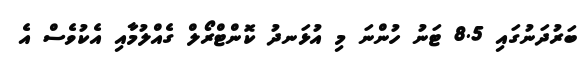
ބަރުދަނުގައި 8.5 ޓަނު ހުންނަ މި އުޅަނދު ކޮންޓްރޯލް ގެއްލުމާއި އެކުވެސް އެ